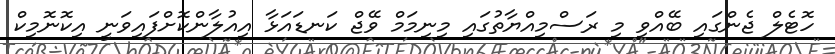
ހޮޓެލް ޖެންގައި ބޭއްވި މި ރަސްމިއްޔާތުގައި މިނިމަމް ވޭޖް ކަނޑައަޅާ އިއުލާންކޮށްފައިވަނީ އިކޮނޮމިކް